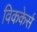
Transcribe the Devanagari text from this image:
विककेर्स